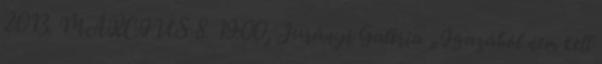
2013. MÁRCIUS 8. 19:00, Jurányi Galéria „Igazából nem kell